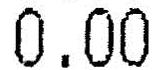
0.00